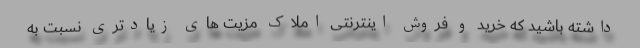
داشته باشید که خرید و فروش اینترنتی املاک مزیت های زیادتری نسبت به